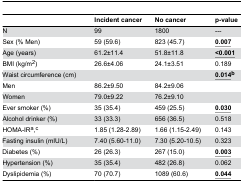
| <COLSPAN=2>  | Incident cancer | No cancer | p-value |
 | --- | --- | --- | --- | --- |
 | <COLSPAN=2> N | 99 | 1800 | --- |
 | <COLSPAN=2> Sex (% Men) | 59 (59.6) | 823 (45.7) | <underline>0.007</underline> |
 | <COLSPAN=2> Age (years) | 61.2±11.4 | 51.8±11.8 | <underline><0.001</underline> |
 | <COLSPAN=2> BMI (kg/m2) | 26.6±4.06 | 24.1±3.51 | 0.189 |
 | <COLSPAN=2> Waist circumference (cm) |  |  | <underline>0.014</underline>b |
 | <COLSPAN=2> Men | 86.2±9.50 | 84.2±9.06 |  |
 | <COLSPAN=2> Women | 79.0±9.22 | 76.2±9.10 |  |
 | <COLSPAN=2> Ever smoker (%) | 35 (35.4) | 459 (25.5) | <underline>0.030</underline> |
 | <COLSPAN=2> Alcohol drinker (%) | 33 (33.3) | 656 (36.5) | 0.518 |
 | <COLSPAN=2> HOMA-IRa,c | 1.85 (1.28-2.89) | 1.66 (1.15-2.49) | 0.143 |
 | <COLSPAN=2> Fasting insulin (mIU/L) | 7.40 (5.60-11.0) | 7.30 (5.20-10.5) | 0.323 |
 | <COLSPAN=2> Diabetes (%) | 26 (26.3) | 267 (15.0) | <underline>0.003</underline> |
 | <COLSPAN=2> Hypertension (%) | 35 (35.4) | 482 (26.8) | 0.062 |
 | <COLSPAN=2> Dyslipidemia (%) | 70 (70.7) | 1089 (60.6) | <underline>0.044</underline> |